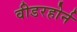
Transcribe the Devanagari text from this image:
वीडरहोर्न